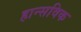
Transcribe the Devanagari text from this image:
हान्सविक